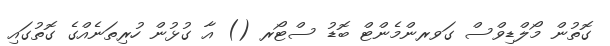
ގޮތުން މޯލްޑިވްސް ގަވރންމެންޓް ބޮޑު ސްޓޯރ () އާ ގުޅުން ހުރިތަނެއްގެ ގޮތުގައި